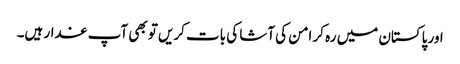
اور پاکستان میں رہ کر امن کی آشا کی بات کریں تو بھی آپ غدار ہیں۔